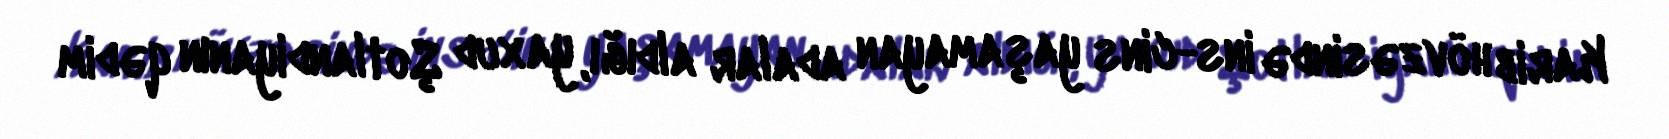
Karib hövzəsində ins-cins yaşamayan adalar aldığı, yaxud Şotlandiyanın qədim